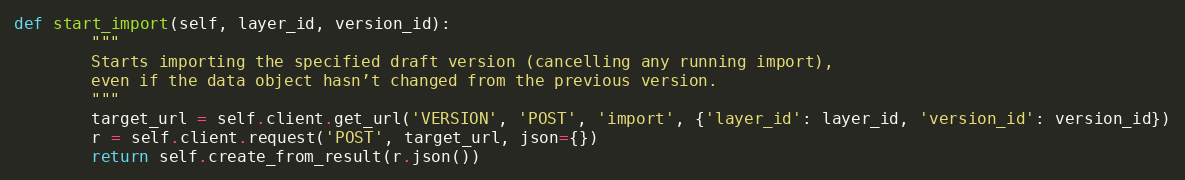
Language: Python
def start_import(self, layer_id, version_id):
        """
        Starts importing the specified draft version (cancelling any running import),
        even if the data object hasn’t changed from the previous version.
        """
        target_url = self.client.get_url('VERSION', 'POST', 'import', {'layer_id': layer_id, 'version_id': version_id})
        r = self.client.request('POST', target_url, json={})
        return self.create_from_result(r.json())